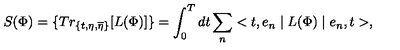
S ( \Phi ) = \{ T r _ { \{ t , \eta , \overline { { \eta } } \} } [ L ( \Phi ) ] \} = \int _ { 0 } ^ { T } d t \sum _ { n } < t , e _ { n } \mid L ( \Phi ) \mid e _ { n } , t > ,